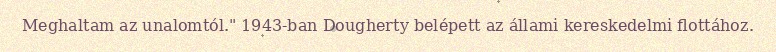
Meghaltam az unalomtól." 1943-ban Dougherty belépett az állami kereskedelmi flottához.